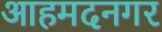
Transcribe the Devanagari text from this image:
आहमदनगर